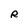
Character: R